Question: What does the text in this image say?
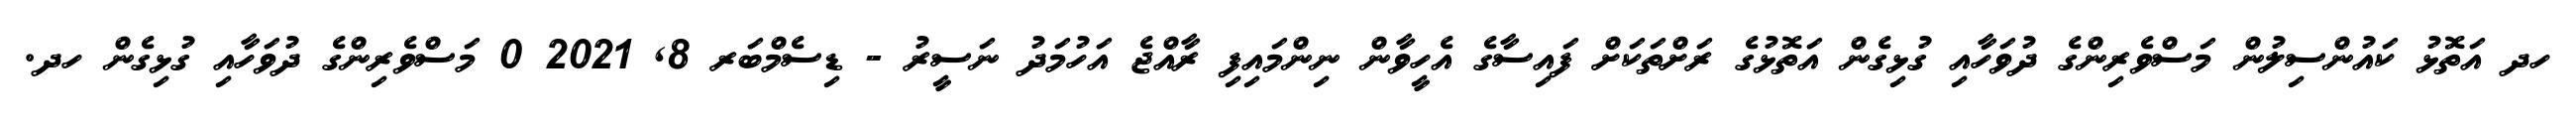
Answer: ހދ އަތޮޅު ކައުންސިލުން މަސްވެރިންގެ ދުވަހާއި ގުޅިގެން އަތޮޅުގެ ރަށްތަކަށް ފައިސާގެ އެހީވާން ނިންމައިފި ރާއްޖެ އަހުމަދު ނަސީރު - ޑިސެމްބަރ 8, 2021 0 މަސްވެރިންގެ ދުވަހާއި ގުޅިގެން ހދ.